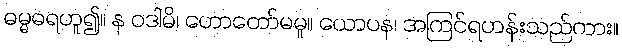
ဓမ္မဓရဟူ၍။ န ဝဒါမိ၊ ဟောတော်မမူ။ ယောပန၊ အကြင်ရဟန်းသည်ကား။